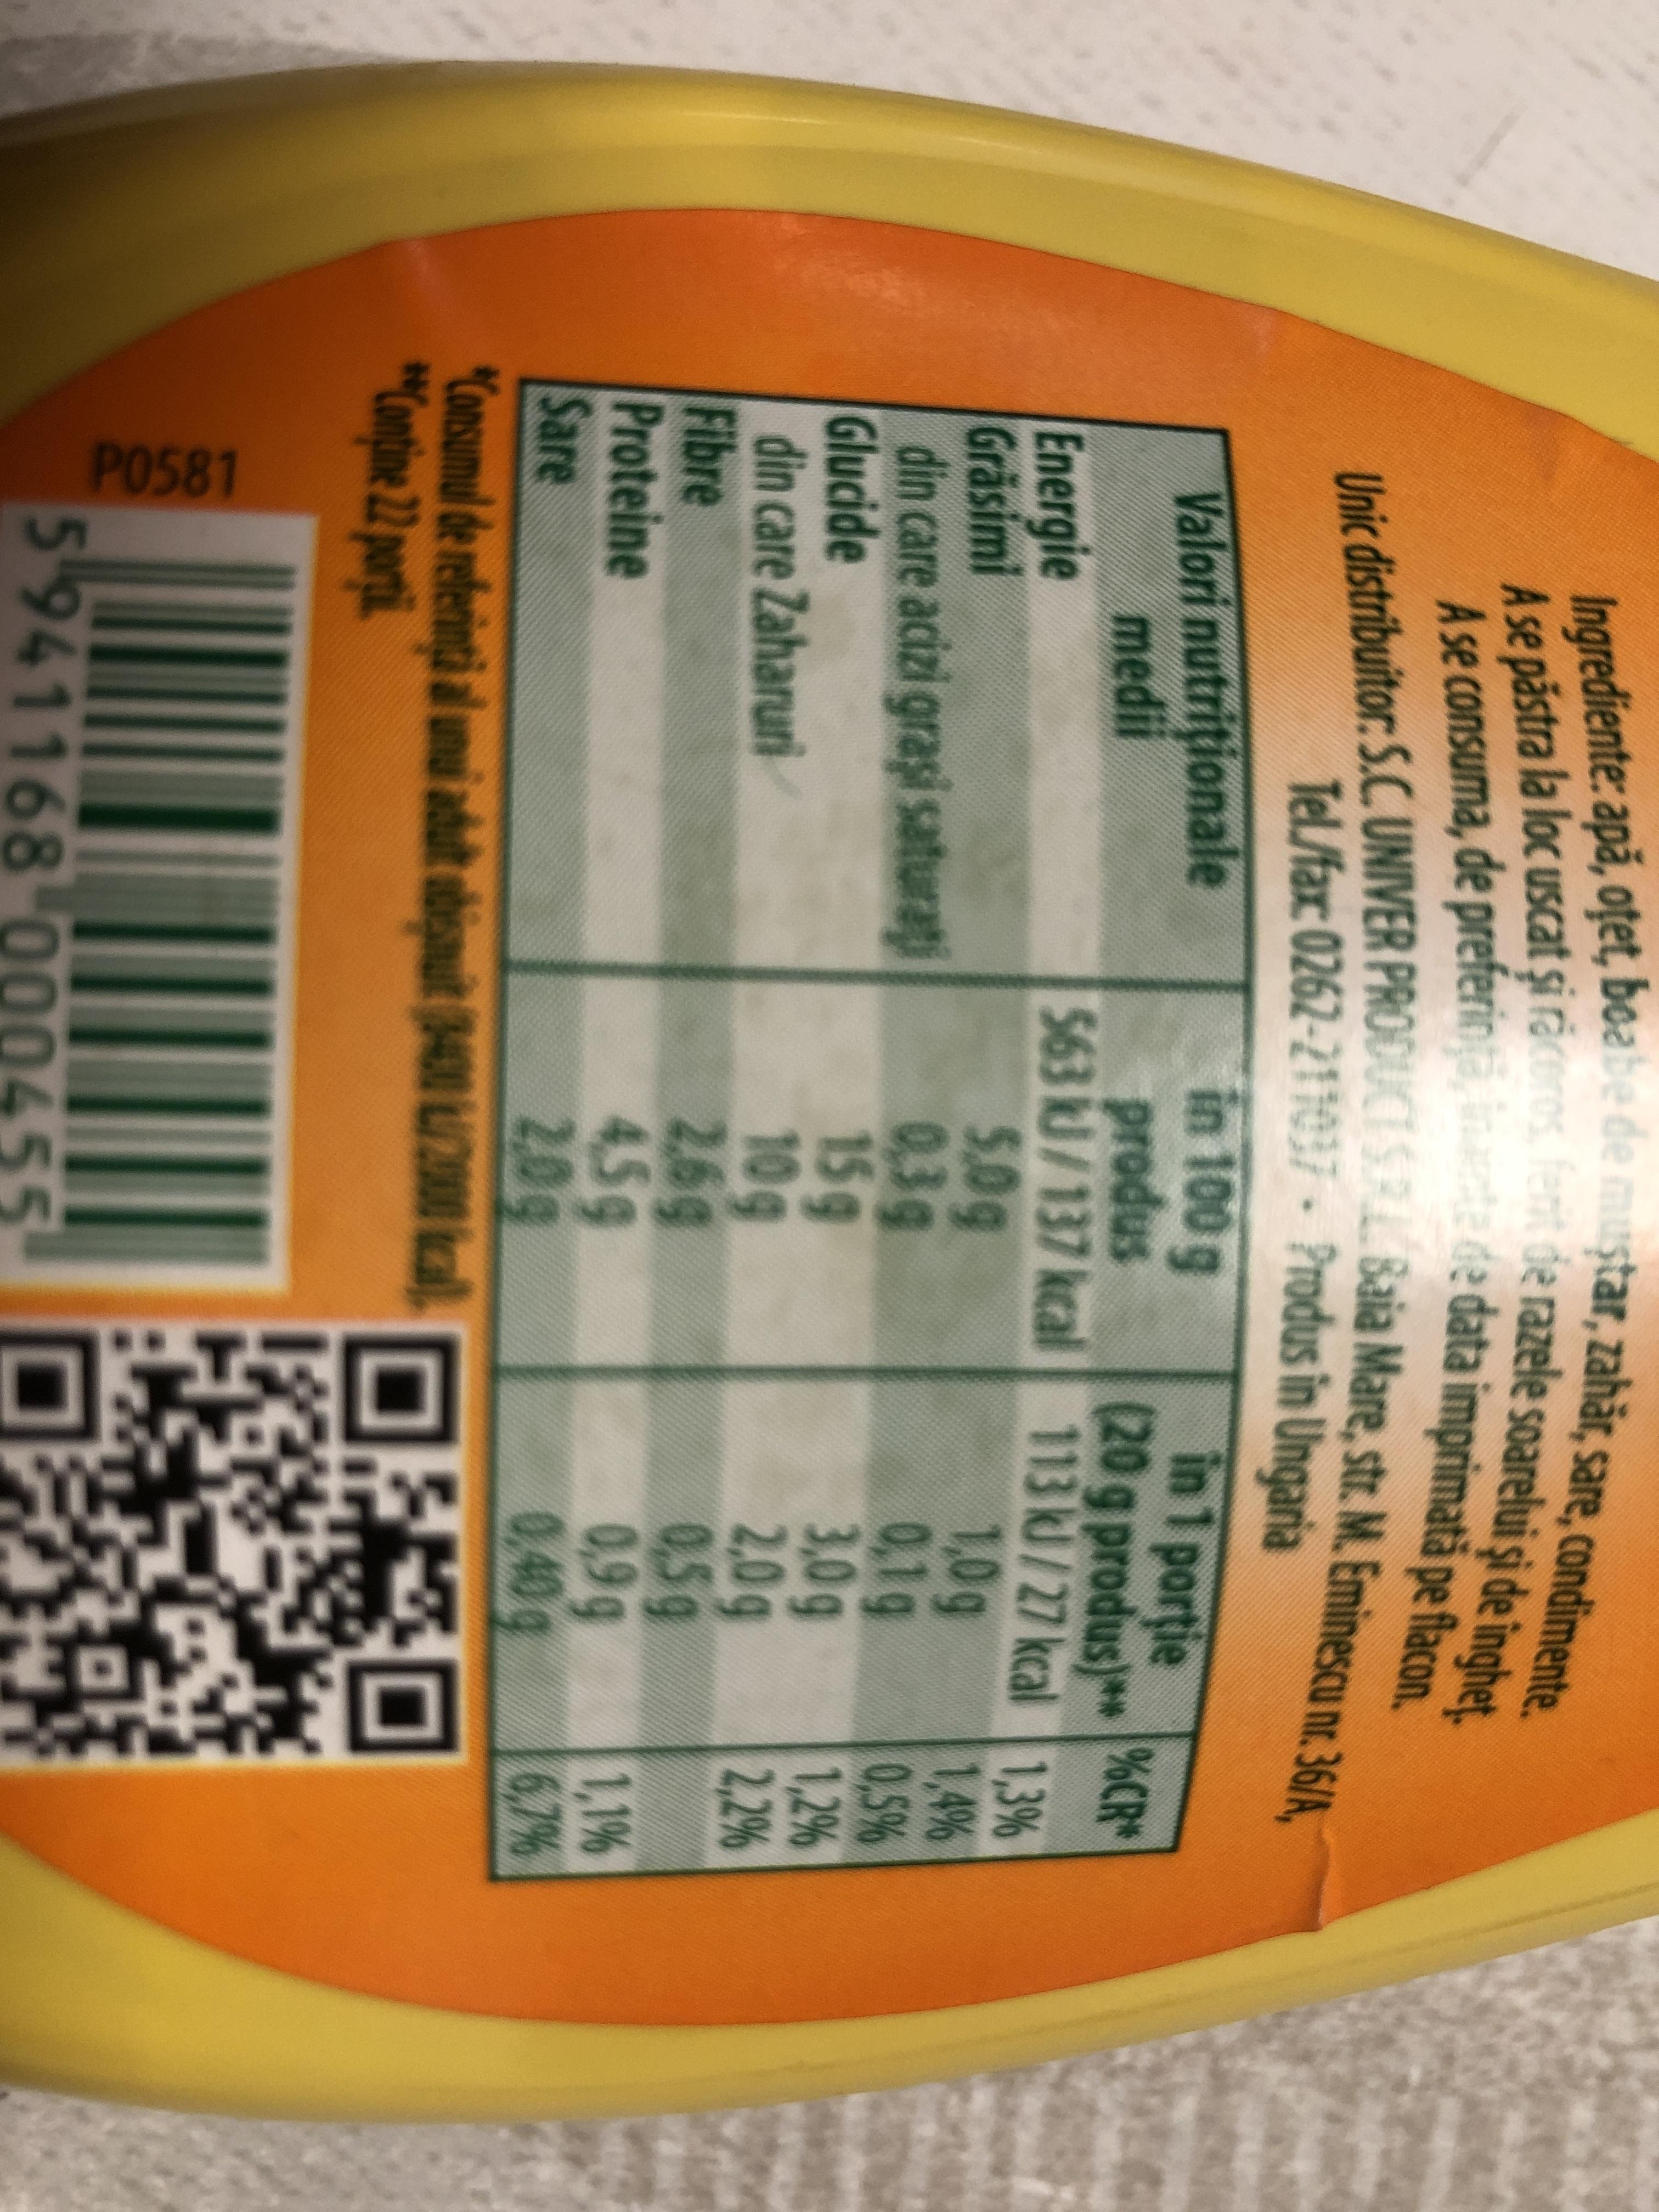
P0581 Ingrediente: apă, oțet, boabe de mustar, zahär, sare, condimente. A se păstra la loc uscat și răceros, fenit de razele soarelui și de îngheț. A se consuma, de preferin, inante de data imprimată pe flacon. Unic distribuitor: S.C. UNIVER PRODUCT S.R Baia Mare, str. M. Eminescu nr. 36/A, Tel./fax: 0262-211037 • Produs în Ungaria in 100 g produs 563 kJ/137 kcal 5,0g 0,3g 15g 10g 2,6g 4,5g 2,0g in 1 portie (20gprodus)** 113 kJ/27 kcal 1,3% 1,0g Valori nutriționale medii Energie Gräsimi din care acizi graşi saturati Glucide din care Zaharuri Fibre Proteine Sare "Cansumul de referințà al unui adut abệauit 8400 /2000 kcal, "Cmpine 2 prj. %CR 1,4% 0,1g 0,5% 3,0g 1,2% 2,0g 2,2% 0,5g 0,9g 0,40g 1,1% 6,7% 5941168-0004 455